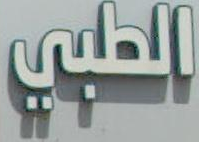
الحلبي